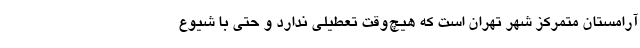
آرامستان متمرکز شهر تهران است که هیچ‌وقت تعطیلی ندارد و حتی با شیوع